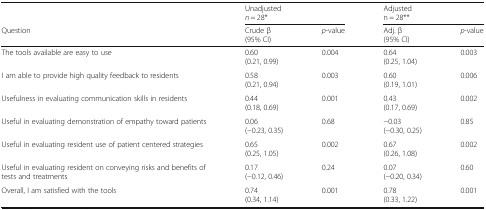
|  | <COLSPAN=2> Unadjustedn = 28* | <COLSPAN=2> Adjustedn = 28** |
 | Question | Crude β(95% CI) | p-value | Adj. β(95% CI) | p-value |
 | --- | --- | --- | --- | --- |
 | The tools available are easy to use | 0.60(0.21, 0.99) | 0.004 | 0.64(0.25, 1.04) | 0.003 |
 | I am able to provide high quality feedback to residents | 0.58(0.21, 0.94) | 0.003 | 0.60(0.19, 1.01) | 0.006 |
 | Usefulness in evaluating communication skills in residents | 0.44(0.18, 0.69) | 0.001 | 0.43(0.17, 0.69) | 0.002 |
 | Useful in evaluating demonstration of empathy toward patients | 0.06(−0.23, 0.35) | 0.68 | −0.03(−0.30, 0.25) | 0.85 |
 | Useful in evaluating resident use of patient centered strategies | 0.65(0.25, 1.05) | 0.002 | 0.67(0.26, 1.08) | 0.002 |
 | Useful in evaluating resident on conveying risks and benefits of tests and treatments | 0.17(−0.12, 0.46) | 0.24 | 0.07(−0.20, 0.34) | 0.60 |
 | Overall, I am satisfied with the tools | 0.74(0.34, 1.14) | 0.001 | 0.78(0.33, 1.22) | 0.001 |